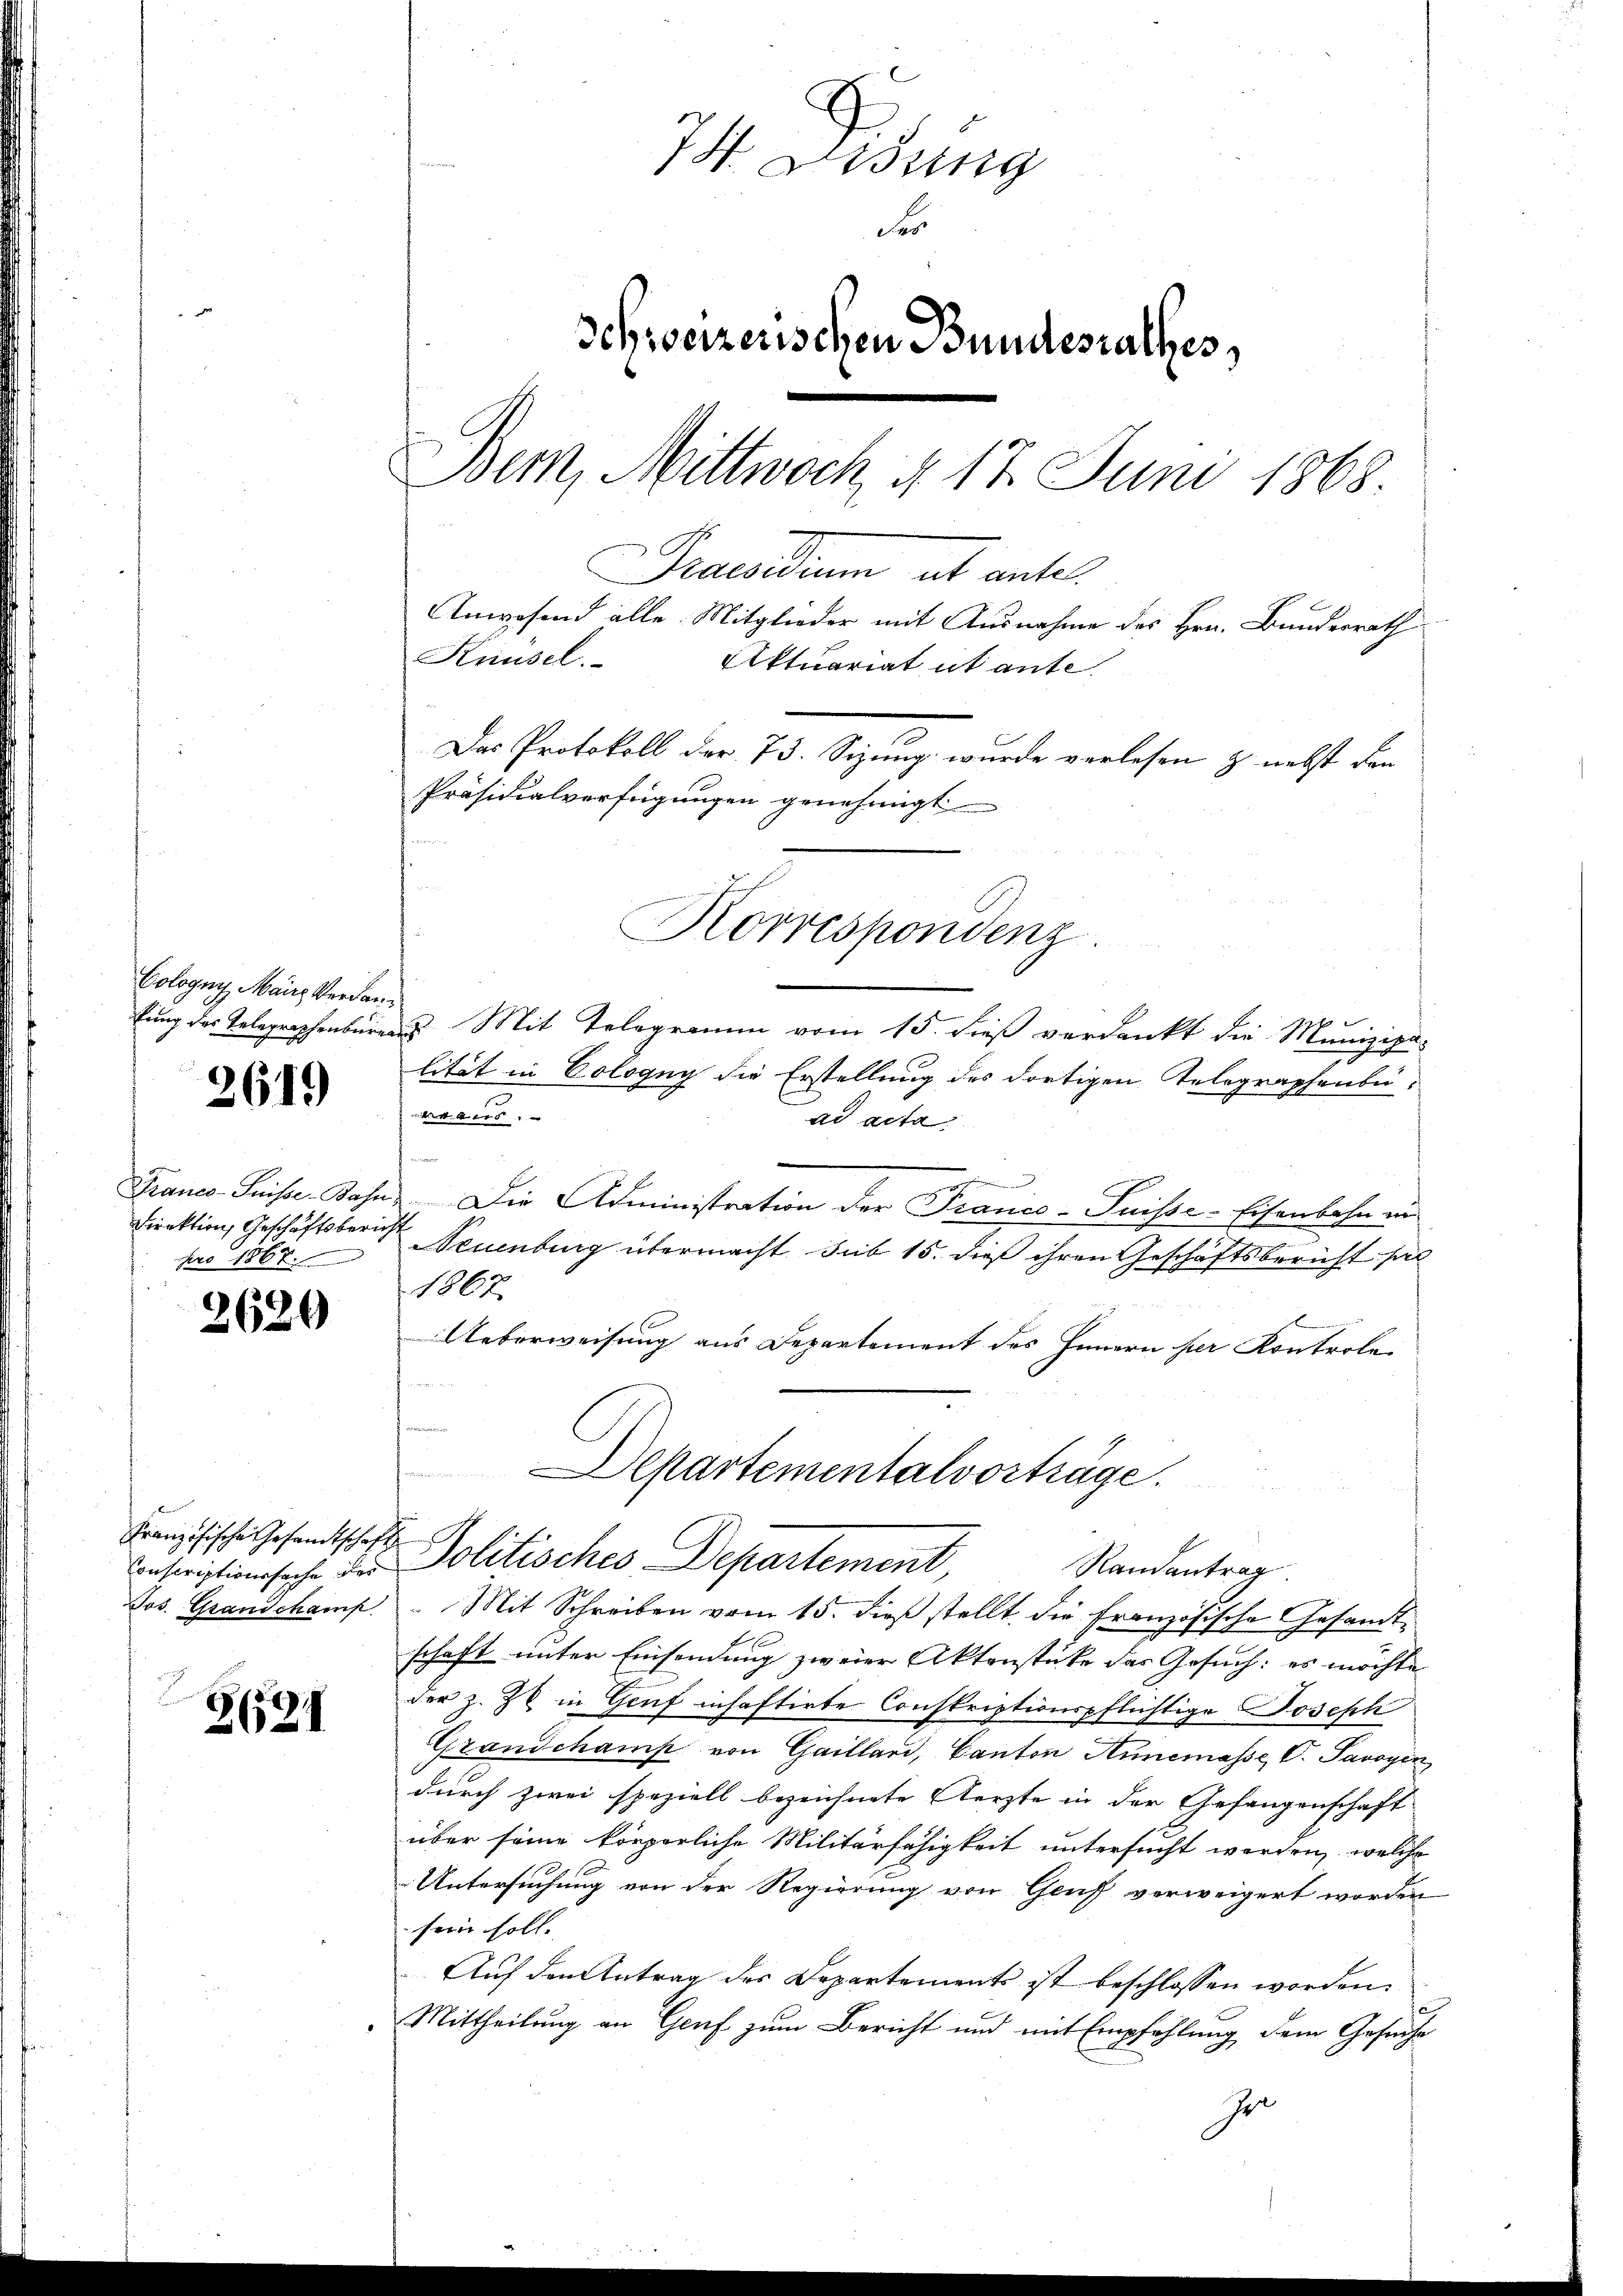
Cologny, Maire Verdanfung des Telegraphenbürea

2619

Franco-Suisse-Bahn
Direktion, Geschäftsberig
pro 1867.

2620

Conscriptionssache der

2624

7. Lesung
Fr
Schweizerischen Bundesrathes
Bern, Mittwoch, d. 17. Juni 1868.
Praedium ab antel
Anwesend alle Mitglieder mit Ausnahme des Hrn. Bundesrath
Knüsel. Aktuariat ut ante.
Das Protokoll der 73. Sizung wurde verlesen z. nebst den
Präsidialverfügungen genehmigt
Korrespondenz.

& Mit Telegramm vom 15. dieß verdankt die Munizipalität in Cologny die Erstellung des dortigen Telegraphenbe-
5
ad acta
.
.
Die Administration der Tranco-Puisse-Eisenbahn in
i
Neuenburg übermacht sub 15. dieß ihren Geschäftsbericht hiel
1867
Ueberweisung aus Departement des Innern her Kontrole

Departementalvorträge.
Französische Gesandtschaft Politisches Departement
Randantrag

Jos. Grandchamp. Mit Schreiben vom 15. dieβ stellt die französische Gesandtschaft unter Einsendung zweier Aktenstücke das Gesuch: es möchte
der z. Zt. in Genf inhaftirte Conskriptionspflichtige Joseph
Grandchamp von Gaillard, Canton Annemasse, V. Savoyen,
durch zwei speziell bezeichnete Aerzte in der Gefangenschaft
über seine körperliche Militärfähigkeit untersucht werden, welche
Untersuchung von der Regierung von Gruf verweigert worden
sein soll. |
Auf den Antrag des Departements ist beschlossen worden.
Mittheilung an Genf zum Bericht und mit Empfehlung dem Gesuche
Ja